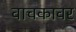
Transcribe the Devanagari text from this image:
वाचकावर